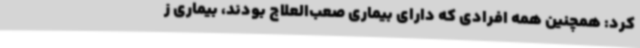
کرد: همچنین همه افرادی که دارای بیماری صعب‌العلاج بودند، بیماری ز